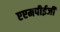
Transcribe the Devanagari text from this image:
एएमपीईजी